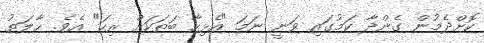
ކޮށްދެމުން ގެންދާ ކަމުގައި ވަނީ ނަމަ "އެޅިހާ ބަތަކަށް ރިހަ" އެވެ. ޙާލަތު